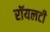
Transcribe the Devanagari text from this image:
रॉयलटी